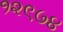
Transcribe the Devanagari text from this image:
१२९७४